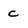
Character: C